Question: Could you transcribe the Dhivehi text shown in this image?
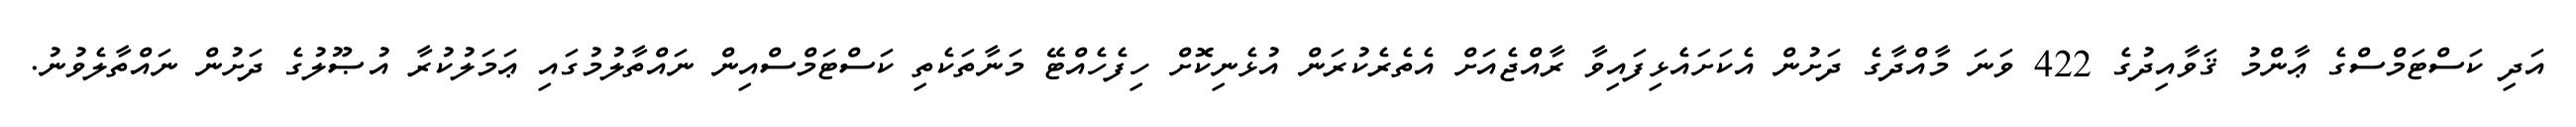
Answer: އަދި ކަސްޓަމްސްގެ ޢާންމު ޤަވާއިދުގެ 422 ވަނަ މާއްދާގެ ދަށުން އެކަށައެޅިފައިވާ ރާއްޖެއަށް އެތެރެކުރަން އުޅެނިކޮށް ހިފެހެއްޓޭ މަނާތަކެތި ކަސްޓަމްސްއިން ނައްތާލުމުގައި ޢަމަލުކުރާ އުޞޫލުގެ ދަށުން ނައްތާލެވުނު.